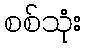
စစ်သုံး